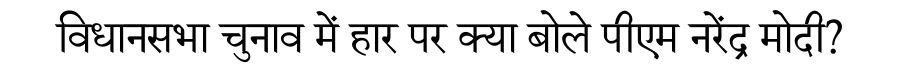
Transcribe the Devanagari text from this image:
विधानसभा चुनाव में हार पर क्या बोले पीएम नरेंद्र मोदी?